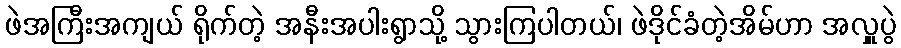
ဖဲအကြီးအကျယ် ရိုက်တဲ့ အနီးအပါးရွာသို့ သွားကြပါတယ်၊ ဖဲဒိုင်ခံတဲ့အိမ်ဟာ အလှူပွဲ